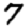
Digit: 7